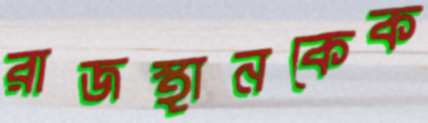
রাজস্থানকেক